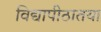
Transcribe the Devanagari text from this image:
विद्यापीठातया